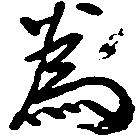
為